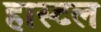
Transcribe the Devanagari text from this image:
हास्टल